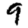
Digit: 9